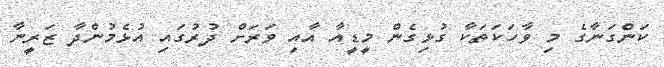
ކަންގަނާގެ މި ވާހަކަތަކާ ގުޅިގެން މީޑީއާ އާއި ވަރަށް ދުރުގައި އުޅެމުންދާ ޒަރީނާ